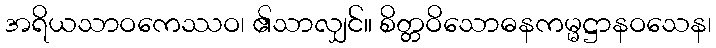
အရိယသာဝကေဿဝ၊ ၏သာလျှင်။ စိတ္တဝိသောဓနကမ္မဋ္ဌာနဝသေန၊